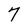
Character: 7